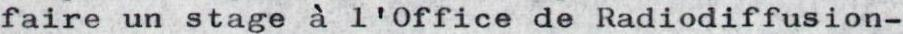
faire un stage à l'Office de Radiodiffusion-